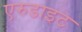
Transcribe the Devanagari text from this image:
एरुडाइट